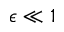
\epsilon \ll 1